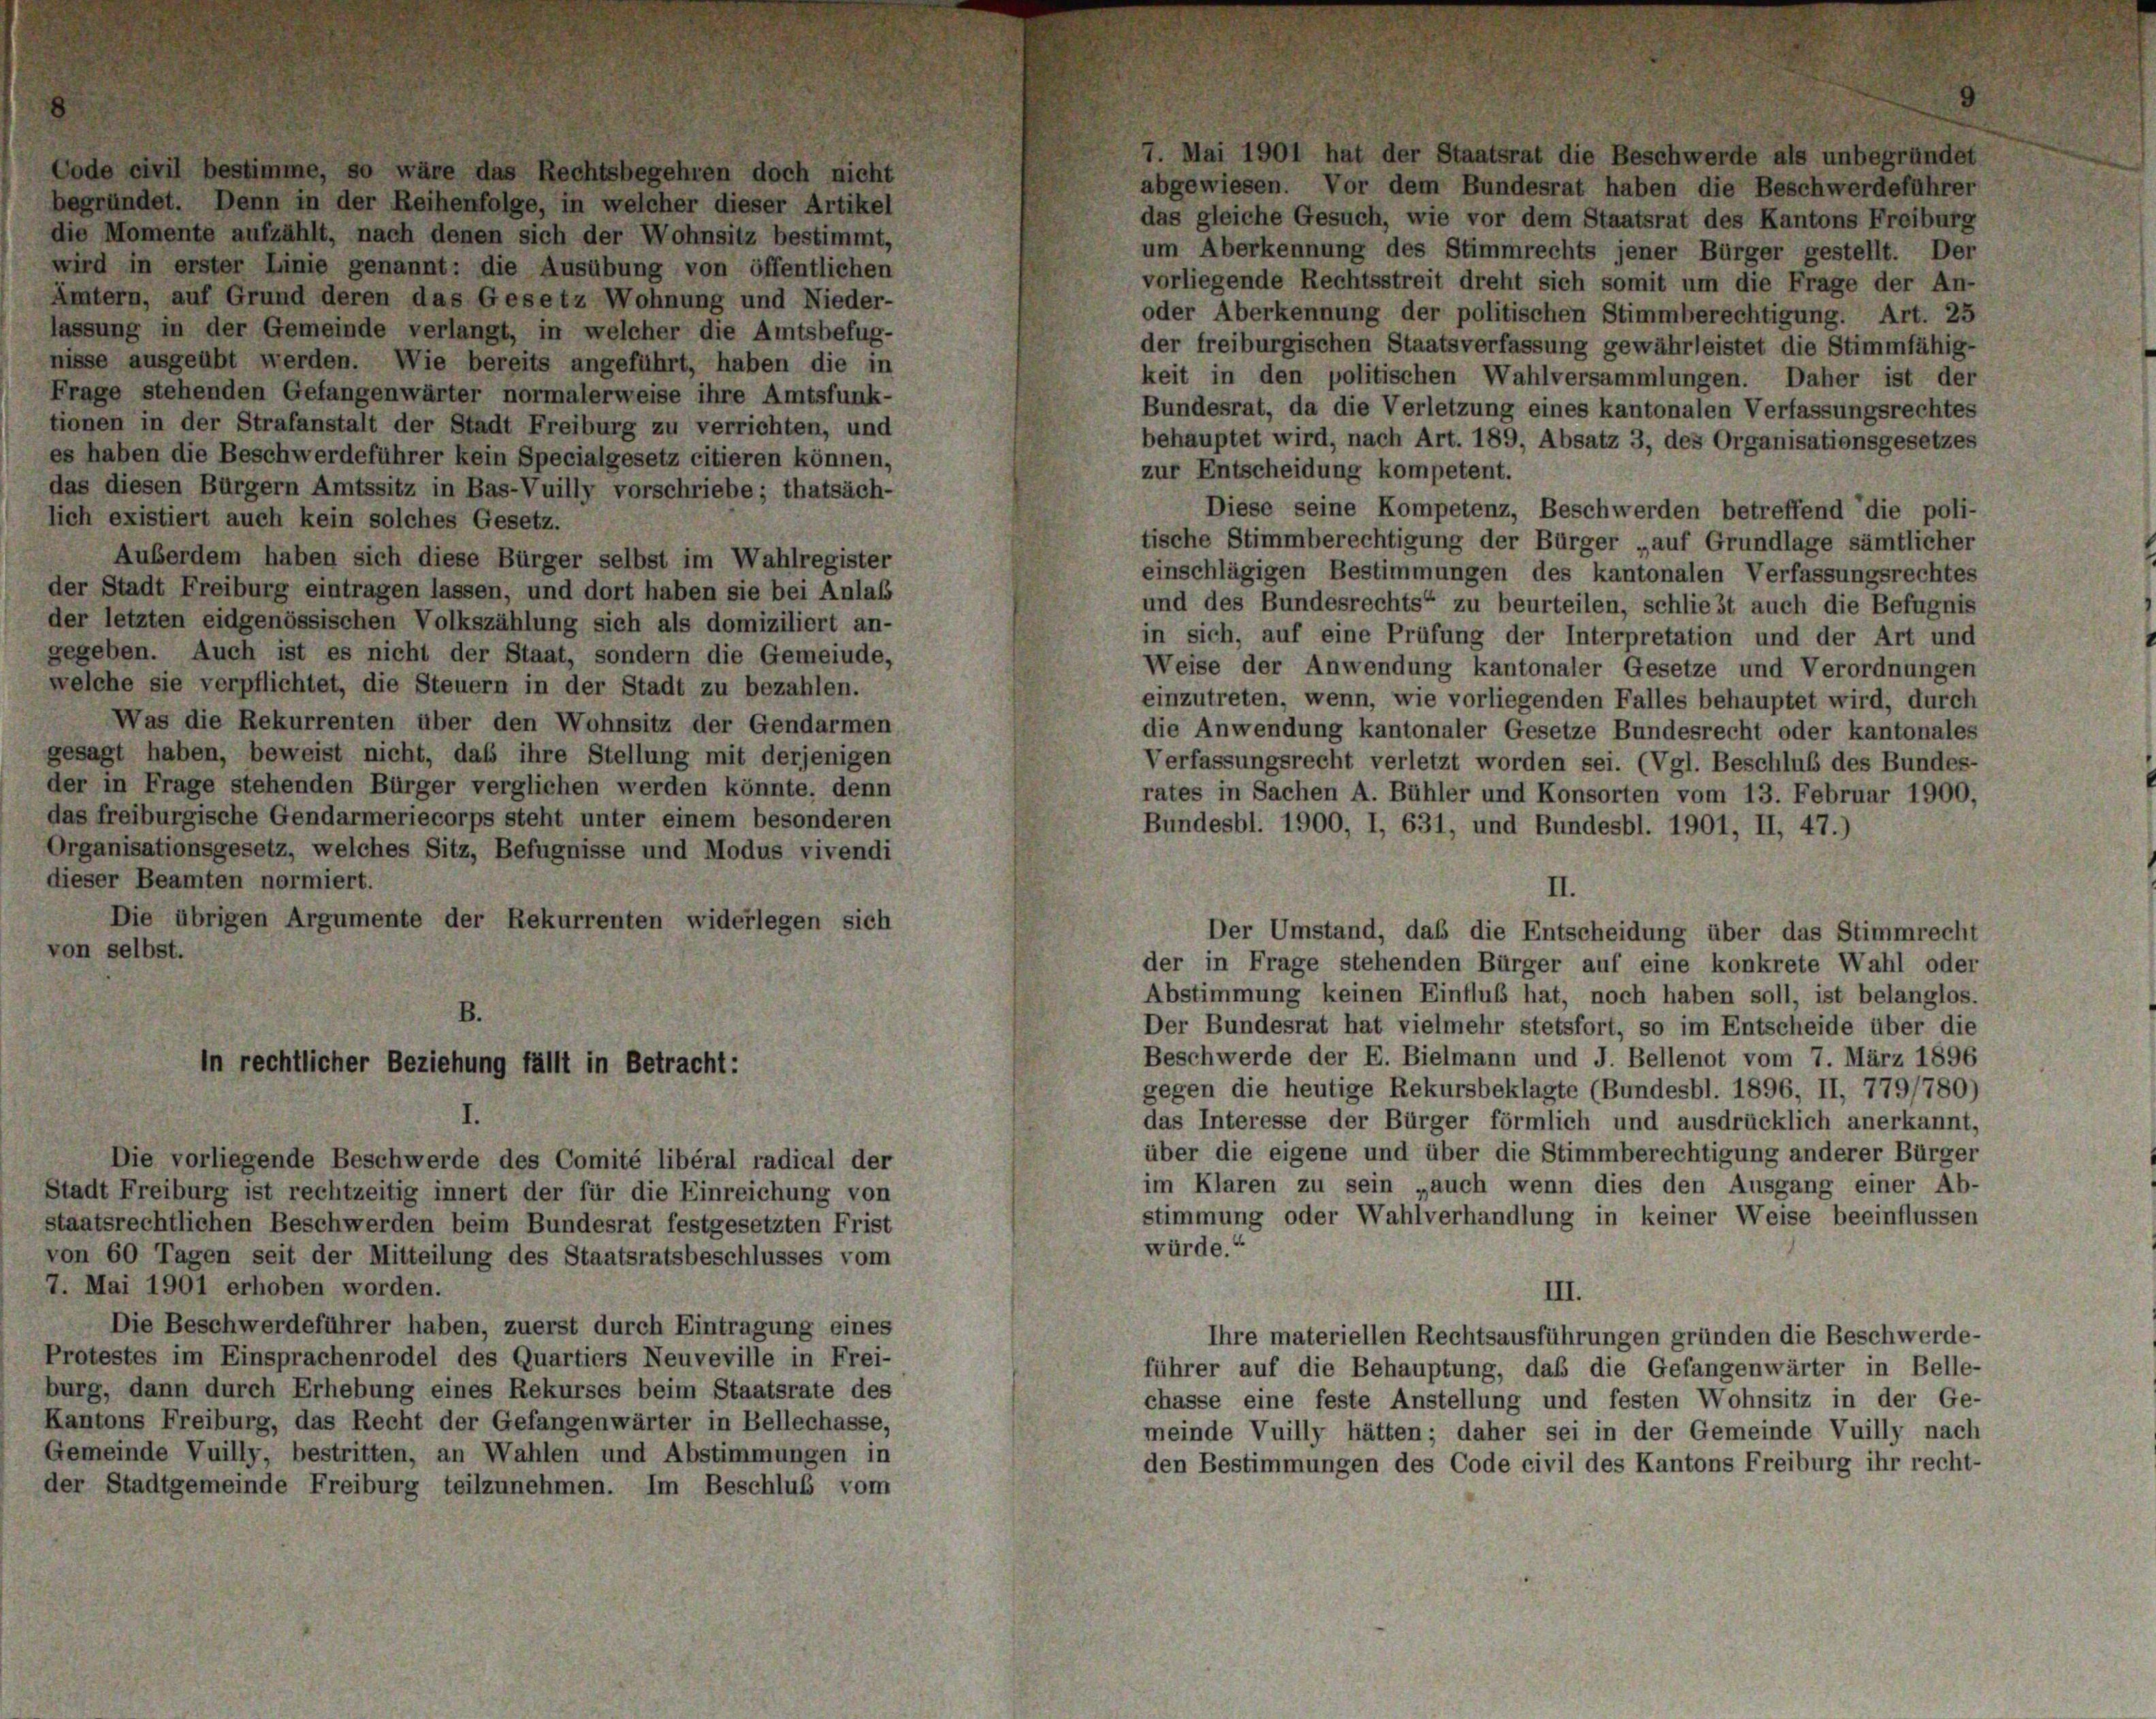
Frage stehenden Bürger verglichen werden könnte, denn

ler Stadt Fr.
rer kein Spet
z in Bas-Vui

ente der Rekurrenten

f

fällt in

Die vorliegende Beschwerde des Comité libéral radical der
stadt Freiburg ist rechtzeitig innert der für die Einreichung von
taatsrechtlichen Beschwerden beim Bundesrat festgesetzten Frist
on 60 Tagen seit der Mitteilung des Staatsratsbe
l. Mai 1901 erhoben worden.
Die Beschwerdeführer haben, zuerst durch Eintragung eines
Protestes im Einsprachenrodel des Quartiers Neuveville in Frei-
urg, dann durch Erhebung eines Rekurses beim Staatsrate des
antons Freiburg, das Recht der Gefangenwärter in Bellechasse,
gemeinde Vuilly, bestritten, an Wahlen und Abstimmungen in
er Stadtgemeinde Freiburg teilzunehmen. I

esetz

ihre Amtsfunk-
verrichten, und
citieren können,

er selbst im Wahlregister
d dort haben sie bei Anlaß
ig sich als domiziliert an-
ist es nicht der Staat, sondern die Gemeinde,
flichtet, die Steuern in der Stadt zu bezahlen.
Rekurrenten über den Wohnsitz der Gendarmen
beweist nicht, daß ihre Stellung mit derjenigen
e Gendarmeriecorps steht unter einem besonderen
etz, welches Sitz, Befugnisse und Modus vivendi

m
Vo
schluss

das gleiche Gesuch, wie vor dem Staatsrat des Kantons Freiburg
um Aberkennung des Stimmrechts jener Bürger gestellt. Der
vorliegende Rechtsstreit dreht sich somit um die Frage der An-
oder Aberkennung der politischen Stimmberechtigung. Art. 25
der freiburgischen Staatsverfassung gewährleistet die Stimmfähig-
keit in den politischen Wahlversammlungen. Daher ist der
Bundesrat, da die Verletzung eines kantonalen Verfassungsrechtes
behauptet wird, nach Art. 189, Absatz 3, des Organisationsgesetzes
zur Entscheidung kompetent.
Diese seine Kompetenz, Beschwerden betreffend die poli-
tische Stimmberechtigung der Bürger „auf Grundlage sämtlicher
einschlägigen Bestimmungen des kantonalen Verfassungsrechtes
und des Bundesrechts“ zu beurteilen, schliest auch die Befugnis
in sich, auf eine Prüfung der Interpretation und der Art und
Weise der Anwendung kantonaler Gesetze und Verordnungen
einzutreten, wenn, wie vorliegenden Falles behauptet wird, durch
die Anwendung kantonaler Gesetze Bundesrecht oder kantonales
Verfassungsrecht verletzt worden sei. (Vgl. Beschluß des Bundes-
rates in Sachen A. Bühler und Konsorten vom 13. Februar 1900,
Bundesbl. 1900, I, 631, und Bundesbl. 1901, II, 47.)
II.
Der Umstand, daß die Entscheidung über das Stimmrecht
der in Frage stehenden Bürger auf eine konkrete Wahl oder
Abstimmung keinen Einfluß hat, noch haben soll, ist belanglos.
Der Bundesrat hat vielmehr stetsfort, so im Entscheide über die
Beschwerde der E. Bielmann und J. Bellenot vom 7. März 1896
gegen die heutige Rekursbeklagte (Bundesbl. 1896, II, 779/780)
das Interesse der Bürger förmlich und ausdrücklich anerkannt,
über die eigene und über die Stimmberechtigung anderer Bürger
im Klaren zu sein „auch wenn dies den Ausgang einer Ab-
stimmung oder Wahlverhandlung in keiner Weise beeinflussen
würde.“
III.
Ihre materiellen Rechtsausführungen gründen die Beschwerde-
führer auf die Behauptung, daß die Gefangenwärter in Belle-
chasse eine feste Anstellung und festen Wohnsitz in der Ge-
meinde Vuilly hätten; daher sei in der Gemeinde Vuilly nach
den Bestimmungen des Code civil des Kantons Freiburg ihr recht-